Kures,_Voldemar, lk 16
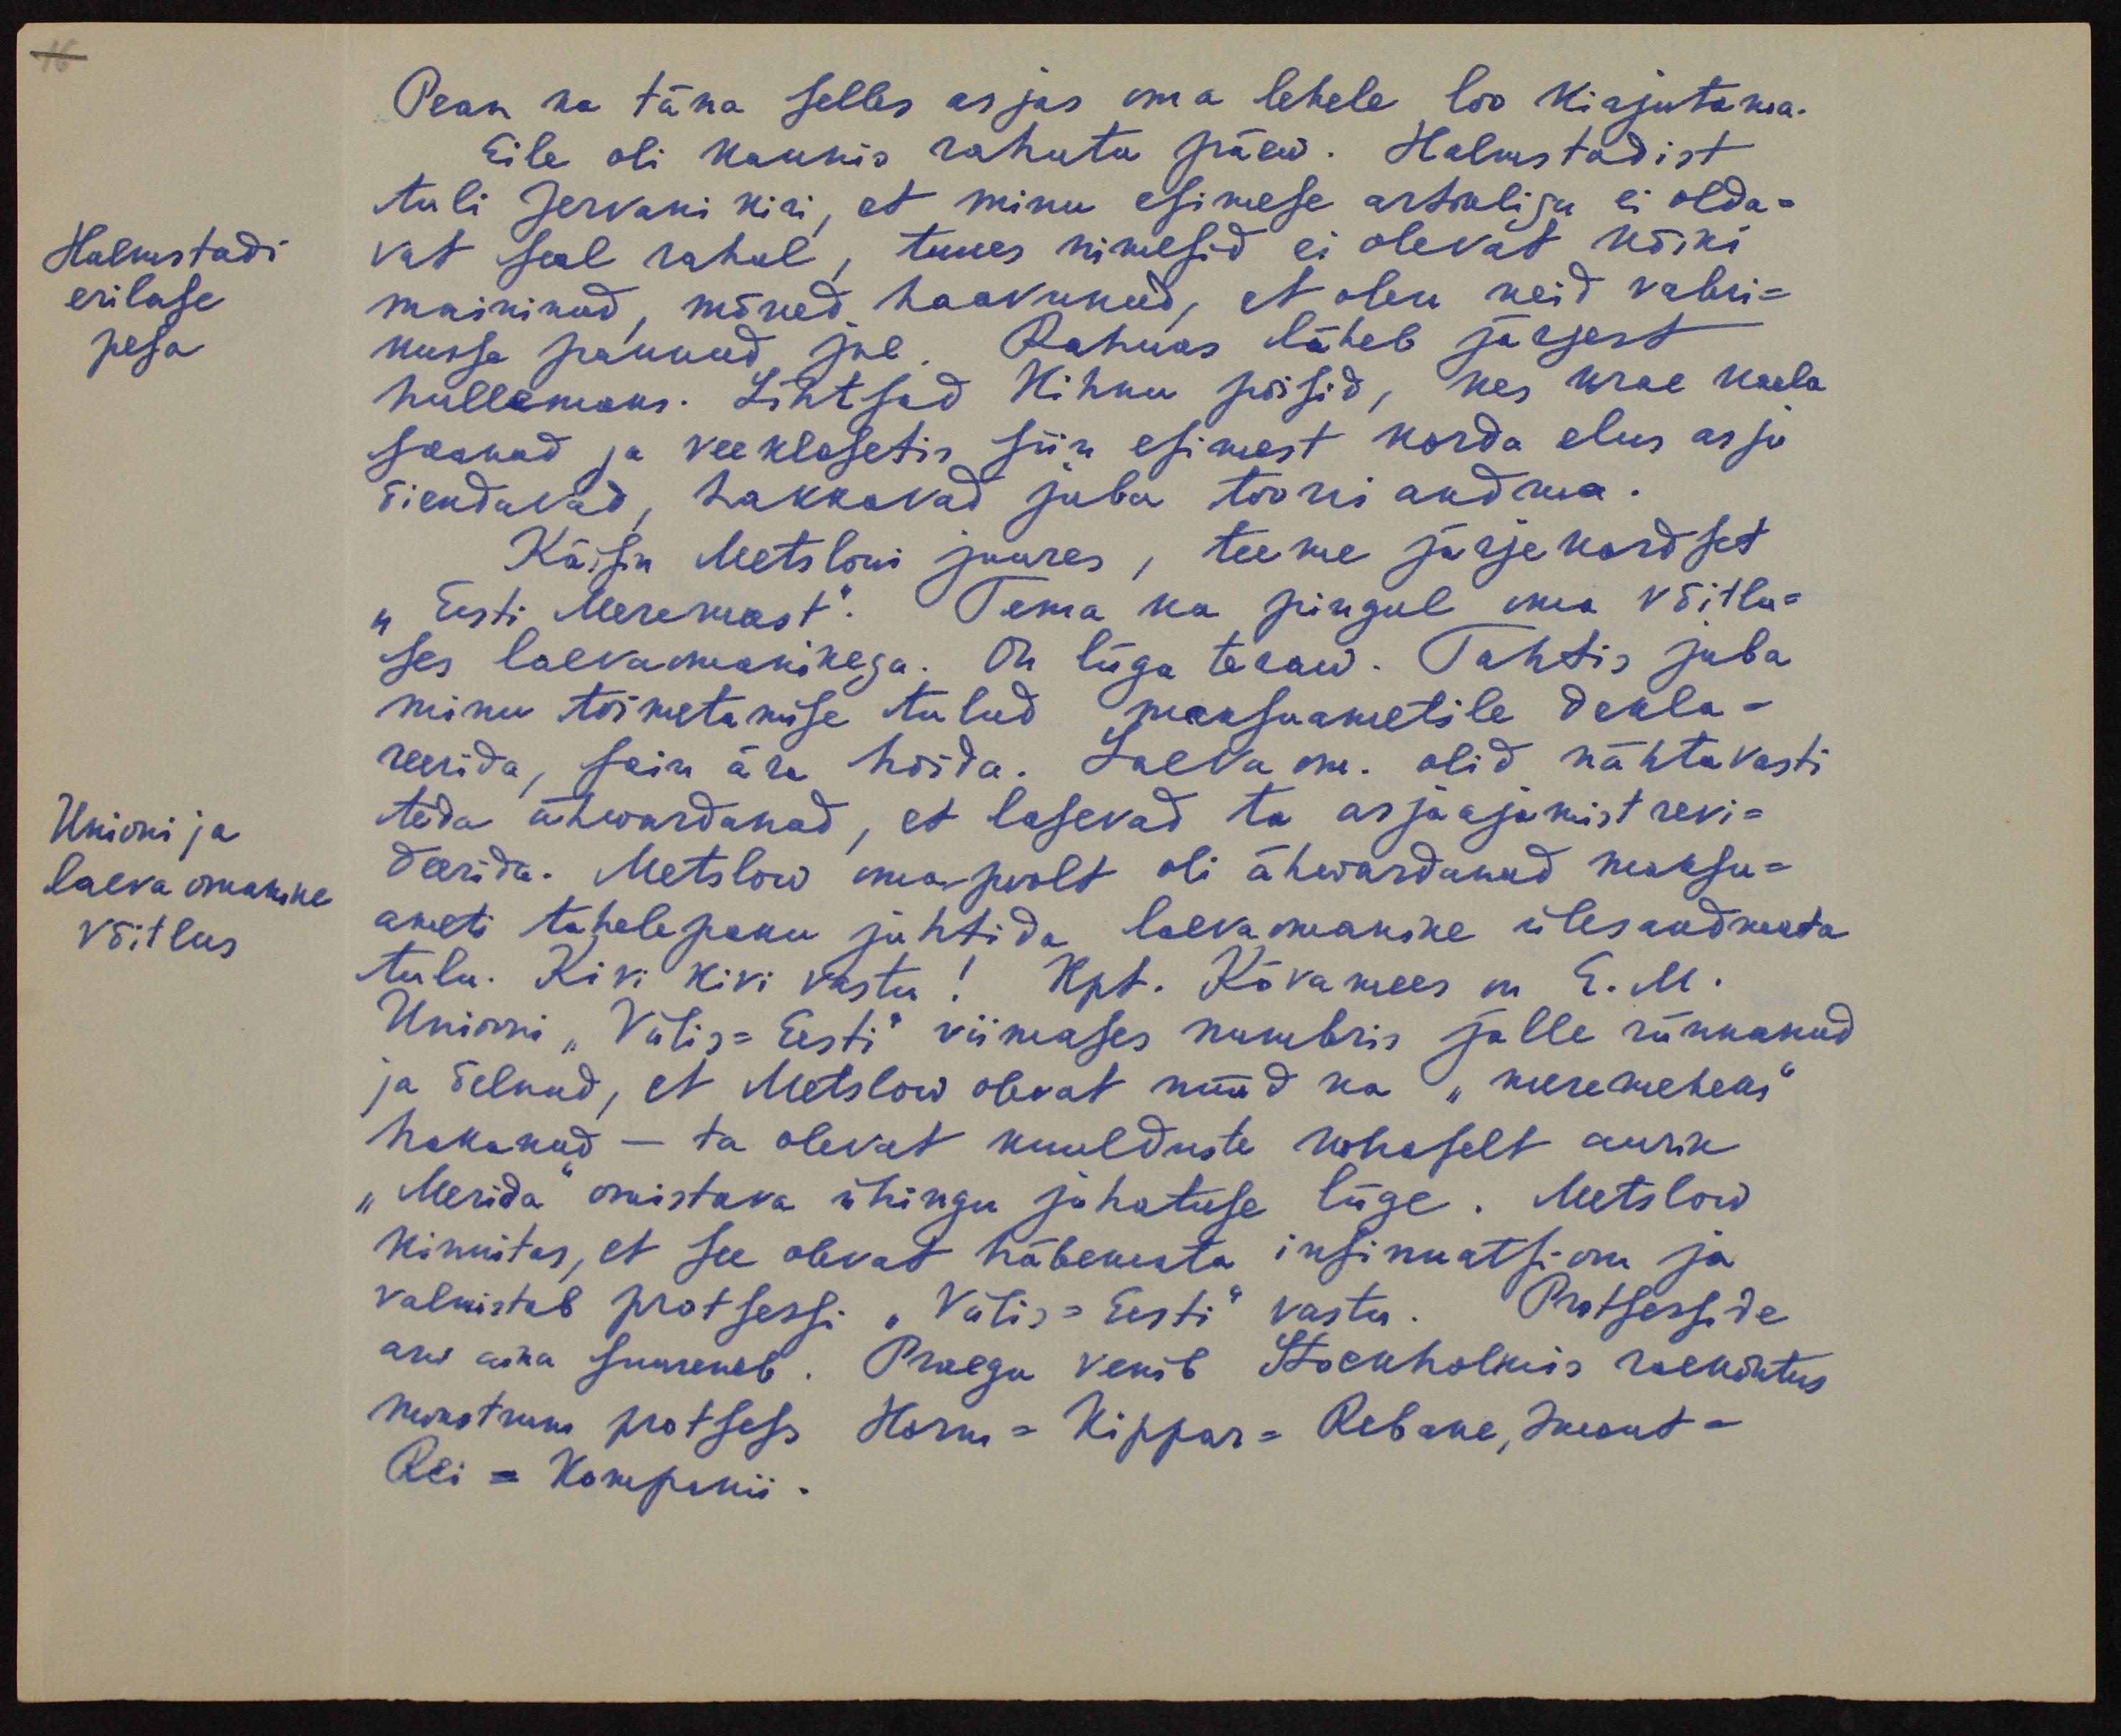
Pean ka täna selles asjas oma lehele loo kirjutama.
Eile oli kaunis rahutu päew. Halmstadist
tuli Jervani kiri, et minu esimese artikliga ei olda-
Halmstadi
erilase
pesa
vat seal rahul, tuues nimesid ei olevat kõiki
maininud, mõned haavunud, et olen neid vabri-
kusse pannud jne. Rahwas läheb järjest
hullemaks. Lihtsad Kihnu poisid, kes krae kaela
saanud ja veeklosetis siin esimest korda elus asju
õiendavad, hakkavad juba tooni andma.
Käisin Metslowi juures, teeme järjekordset
"Eesti Meremeest". Tema ka pingul oma võitlu-
ses laevaomanikega. On liiga teraw. Tahtis juba
minu toimetamise tulud maksuametile dekla-
reerida, sain ära hoida. Laeva om. olid nähtavasti
Unioni ja
laeva omanike
võitlus
teda ähwardanud, et lasevad ta asjaajamist revi-
deerida. Metslow oma poolt oli ähwardanud maksu-
ameti tähelepanu juhtida laevaomanike ülesandmata
tulu. Kivi kivi vastu! Kpt. Kõvamees on E. M.
Unioni "Välis-Eesti" viimases numbris jälle rünnanud
ja öelnud, et Metslow olevat nüüd ka "meremeheks"
hakanud - ta olevat kuulduste kohaselt aurik
"Merida" omistava ühingu juhatuse liige. Metslow
kinnitas, et see olevat häbemata insinuatsioon ja
valmistab protsessi "Välis-Eesti" vastu. Protsesside
arw aina suureneb. Praegu venib Stockholmis raekohtus
nevastruur protsess Horm-Kippar-Rebane, Jaesut-
Rei-Kompanii.